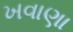
ખવાણા